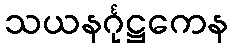
သယနင်္ဂုဋ္ဌကေန